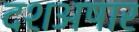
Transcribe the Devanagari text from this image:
दशअषार